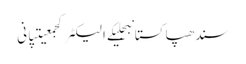
سندھپاکستانبجلیکے الیکٹرکجمعیتپانی